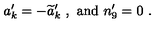
a _ { k } ^ { \prime } = - { \widetilde a _ { k } } ^ { \prime } \ , \ \mathrm { a n d } \ n _ { 9 } ^ { \prime } = 0 \ .